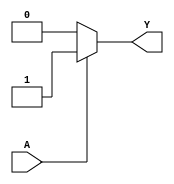
module single_variable_kmap (
    input wire A,  // Single binary input
    output wire Y  // Output based on K-map
);

// K-map logic implementation
assign Y = (A == 1'b1) ? 1'b1 : 1'b0; // Output Y is 1 when A is 1, otherwise 0

endmodule